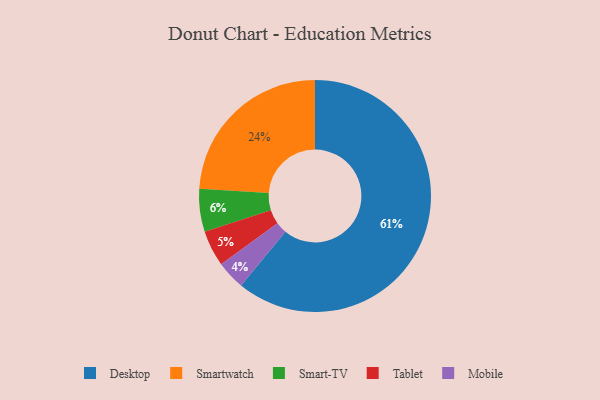
{"axis": {"x": "Category", "y": "Percentage"}, "legend": ["Desktop", "Mobile", "Smart-TV", "Smartwatch", "Tablet"], "data": [{"x": "Smart-TV", "y": 6, "type": "Smart-TV"}, {"x": "Desktop", "y": 61, "type": "Desktop"}, {"x": "Tablet", "y": 5, "type": "Tablet"}, {"x": "Smartwatch", "y": 24, "type": "Smartwatch"}, {"x": "Mobile", "y": 4, "type": "Mobile"}]}